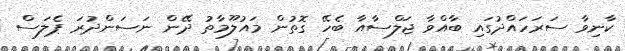
ކާނިވާ ސަރަހައްދުގައި ބާއްވާ ޖަލްސާއާ ބެހޭ ގޮތުން މައުލޫމާތު ދޭން ނަސަންދުރަ ޕެލަސް